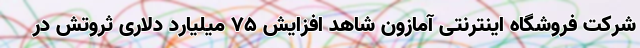
شرکت فروشگاه اینترنتی آمازون شاهد افزایش ۷۵ میلیارد دلاری ثروتش در